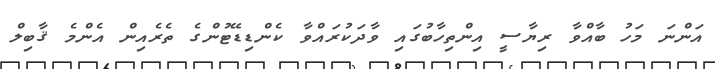
އަންނަ މަހު ބާއްވާ ރިޔާސީ އިންތިހާބުގައި ވާދަކުރައްވާ ކެންޑިޑޭޓުންގެ ތެރެއިން އެންމެ ޤާބިލް